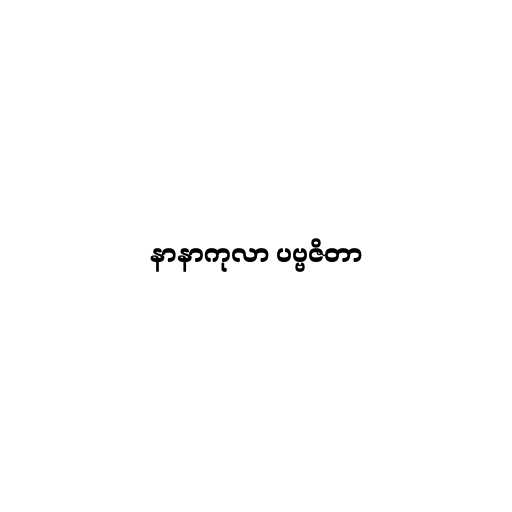
နာနာကုလာ ပဗ္ဗဇိတာ